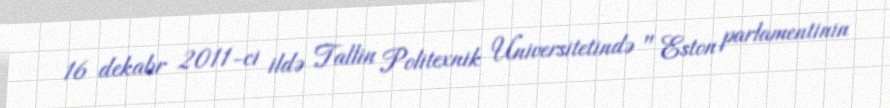
16 dekabr 2011-ci ildə Tallin Politexnik Universitetində " Eston parlamentinin